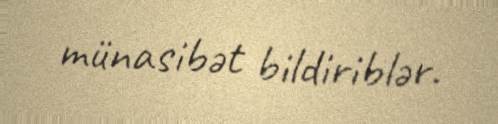
münasibət bildiriblər.